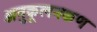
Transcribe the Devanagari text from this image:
अनुकूलनकण